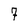
Character: 7